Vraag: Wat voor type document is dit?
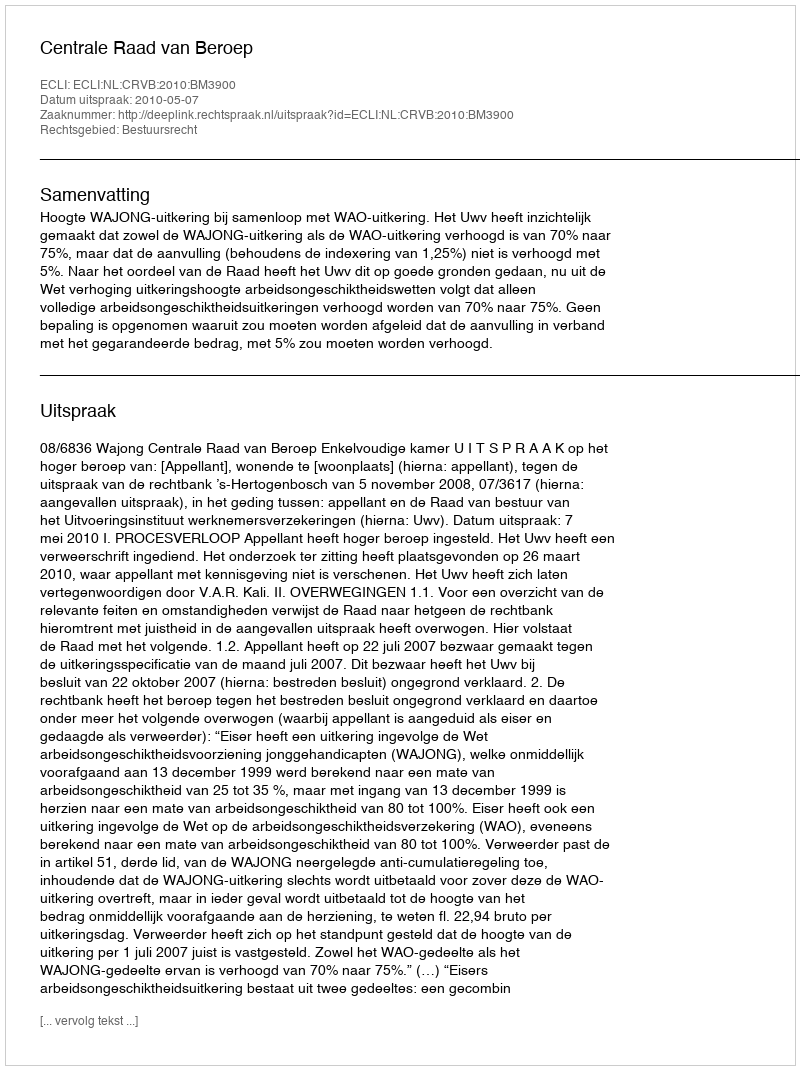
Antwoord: Uitspraak